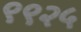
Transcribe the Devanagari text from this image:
९९२५